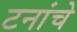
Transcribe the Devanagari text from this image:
टनांचे